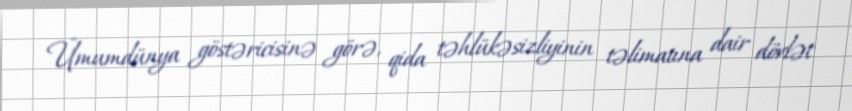
Ümumdünya göstəricisinə görə, qida təhlükəsizliyinin təlimatına dair dövlət